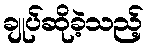
ချုပ်ဆိုခဲ့သည့်